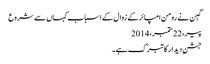
گبِن نے رومن امپائر کے زوال کے اسباب کہاں سے شروع
پیر، 22 ستمبر، 2014
جشنِ دیدار کا تبرّک ہے ۔